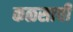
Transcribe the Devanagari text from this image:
कळसाची